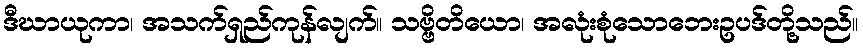
ဒီဃာယုကာ၊ အသက်ရှည်ကုန်လျက်။ သဗ္ဗိတိယော၊ အလုံးစုံသောဘေးဥပဒ်တို့သည်။